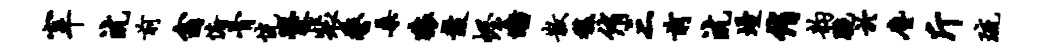
宰沆前翕俯骨恍爨裴鏊桑猿鼓幄墙散馥侑三前沆墁侑韵腕於尘斤琉